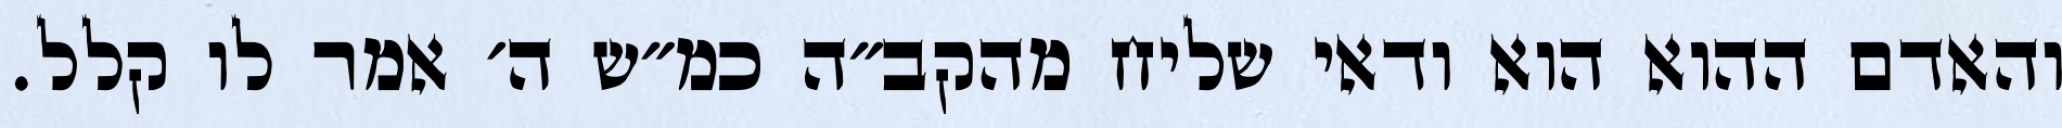
והאדם ההוא הוא ודאי שליח מהקב״ה כמ״ש ה׳ אמר לו קלל.